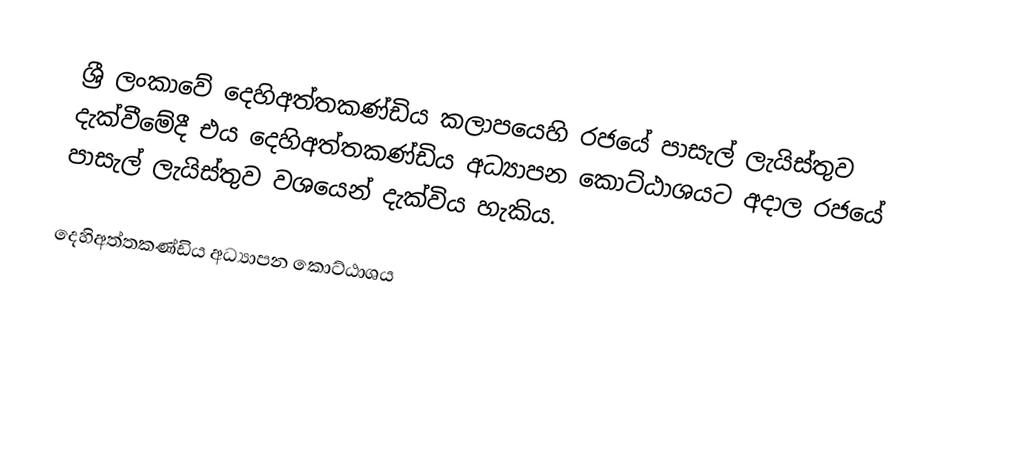
ශ්‍රී ලංකාවේ දෙහිඅත්තකණ්ඩිය කලාපයෙහි රජයේ පාසැල් ලැයිස්තුව  දැක්වීමේදී  එය දෙහිඅත්තකණ්ඩිය අධ්‍යාපන කොට්ඨාශයට අදාල රජයේ පාසැල් ලැයිස්තුව වශයෙන් දැක්විය හැකිය.

දෙහිඅත්තකණ්ඩිය  අධ්‍යාපන කොට්ඨාශය